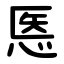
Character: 悘